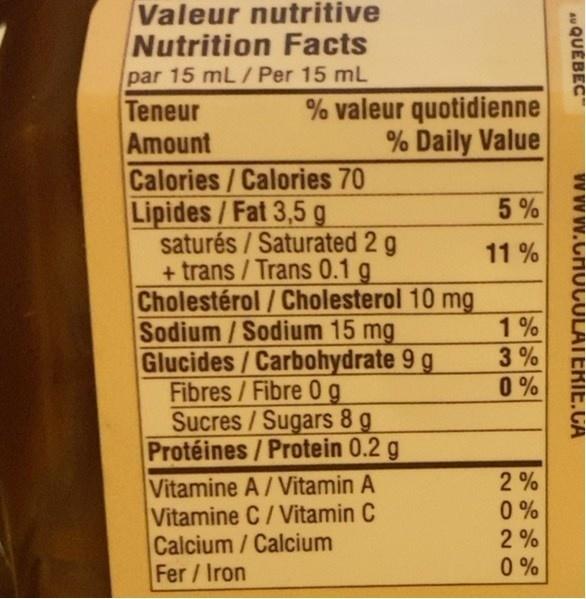
Valeur nutritive Nutrition Facts
par 15 mL / Per 15 mL
% valeur quotidienne % Daily Value
Teneur Amount Calories/Calories 70 Lipides/Fat 3,5 g saturés / Saturated 2 g + trans /Trans 0.1 g Cholestérol/Cholesterol 10 mg Sodium/Sodium 15 mg Glucides/Carbohydrate 9 g Fibres/Fibre 0 g Sucres/Sugars 8 g Protéines/Protein 0.2 g
5 %
11 %
1% 3 % 0 %
Vitamine A/ Vitamin A Vitamine C/Vitamin C Calcium/Calcium Fer/Iron
2%
0 % 2 % 0 %
au QUEBEC
www.CHOCULATERIE.CA